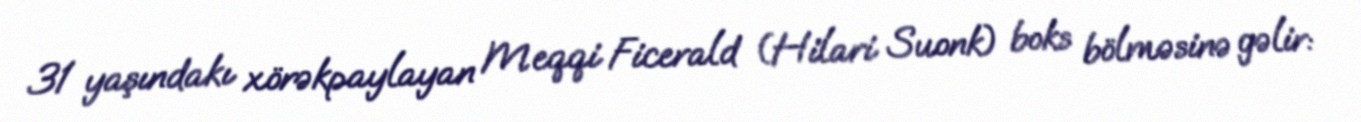
31 yaşındakı xörəkpaylayan Meqqi Ficerald (Hilari Suonk) boks bölməsinə gəlir: